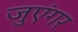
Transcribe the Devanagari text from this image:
जुएंगर